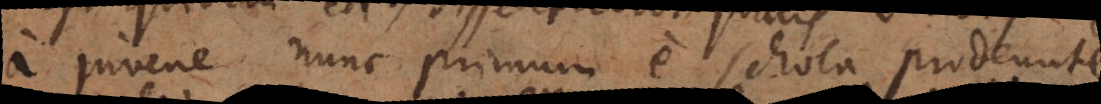
a juvene nunc primum e schola prodeunte